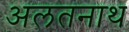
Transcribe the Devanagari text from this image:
अलतनाथ